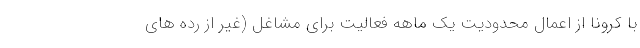
با کرونا از اعمال محدودیت یک ماهه فعالیت برای مشاغل (غیر از رده های